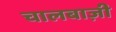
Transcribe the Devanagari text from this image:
चालबाज़ी